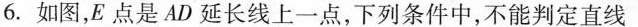
6.如图，E点是AD延长线上一点，下列条件中，不能判定直线